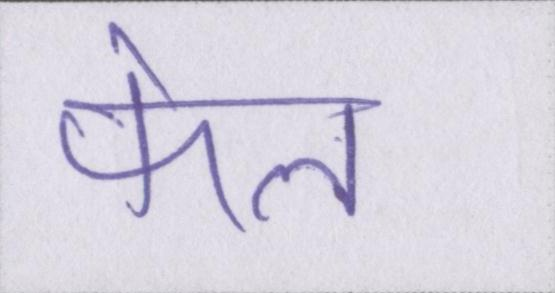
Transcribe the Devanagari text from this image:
फेल